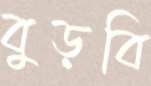
বুড়বি